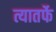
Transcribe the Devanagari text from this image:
त्यातर्फे